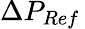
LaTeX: {\Delta}P_{Ref}\,